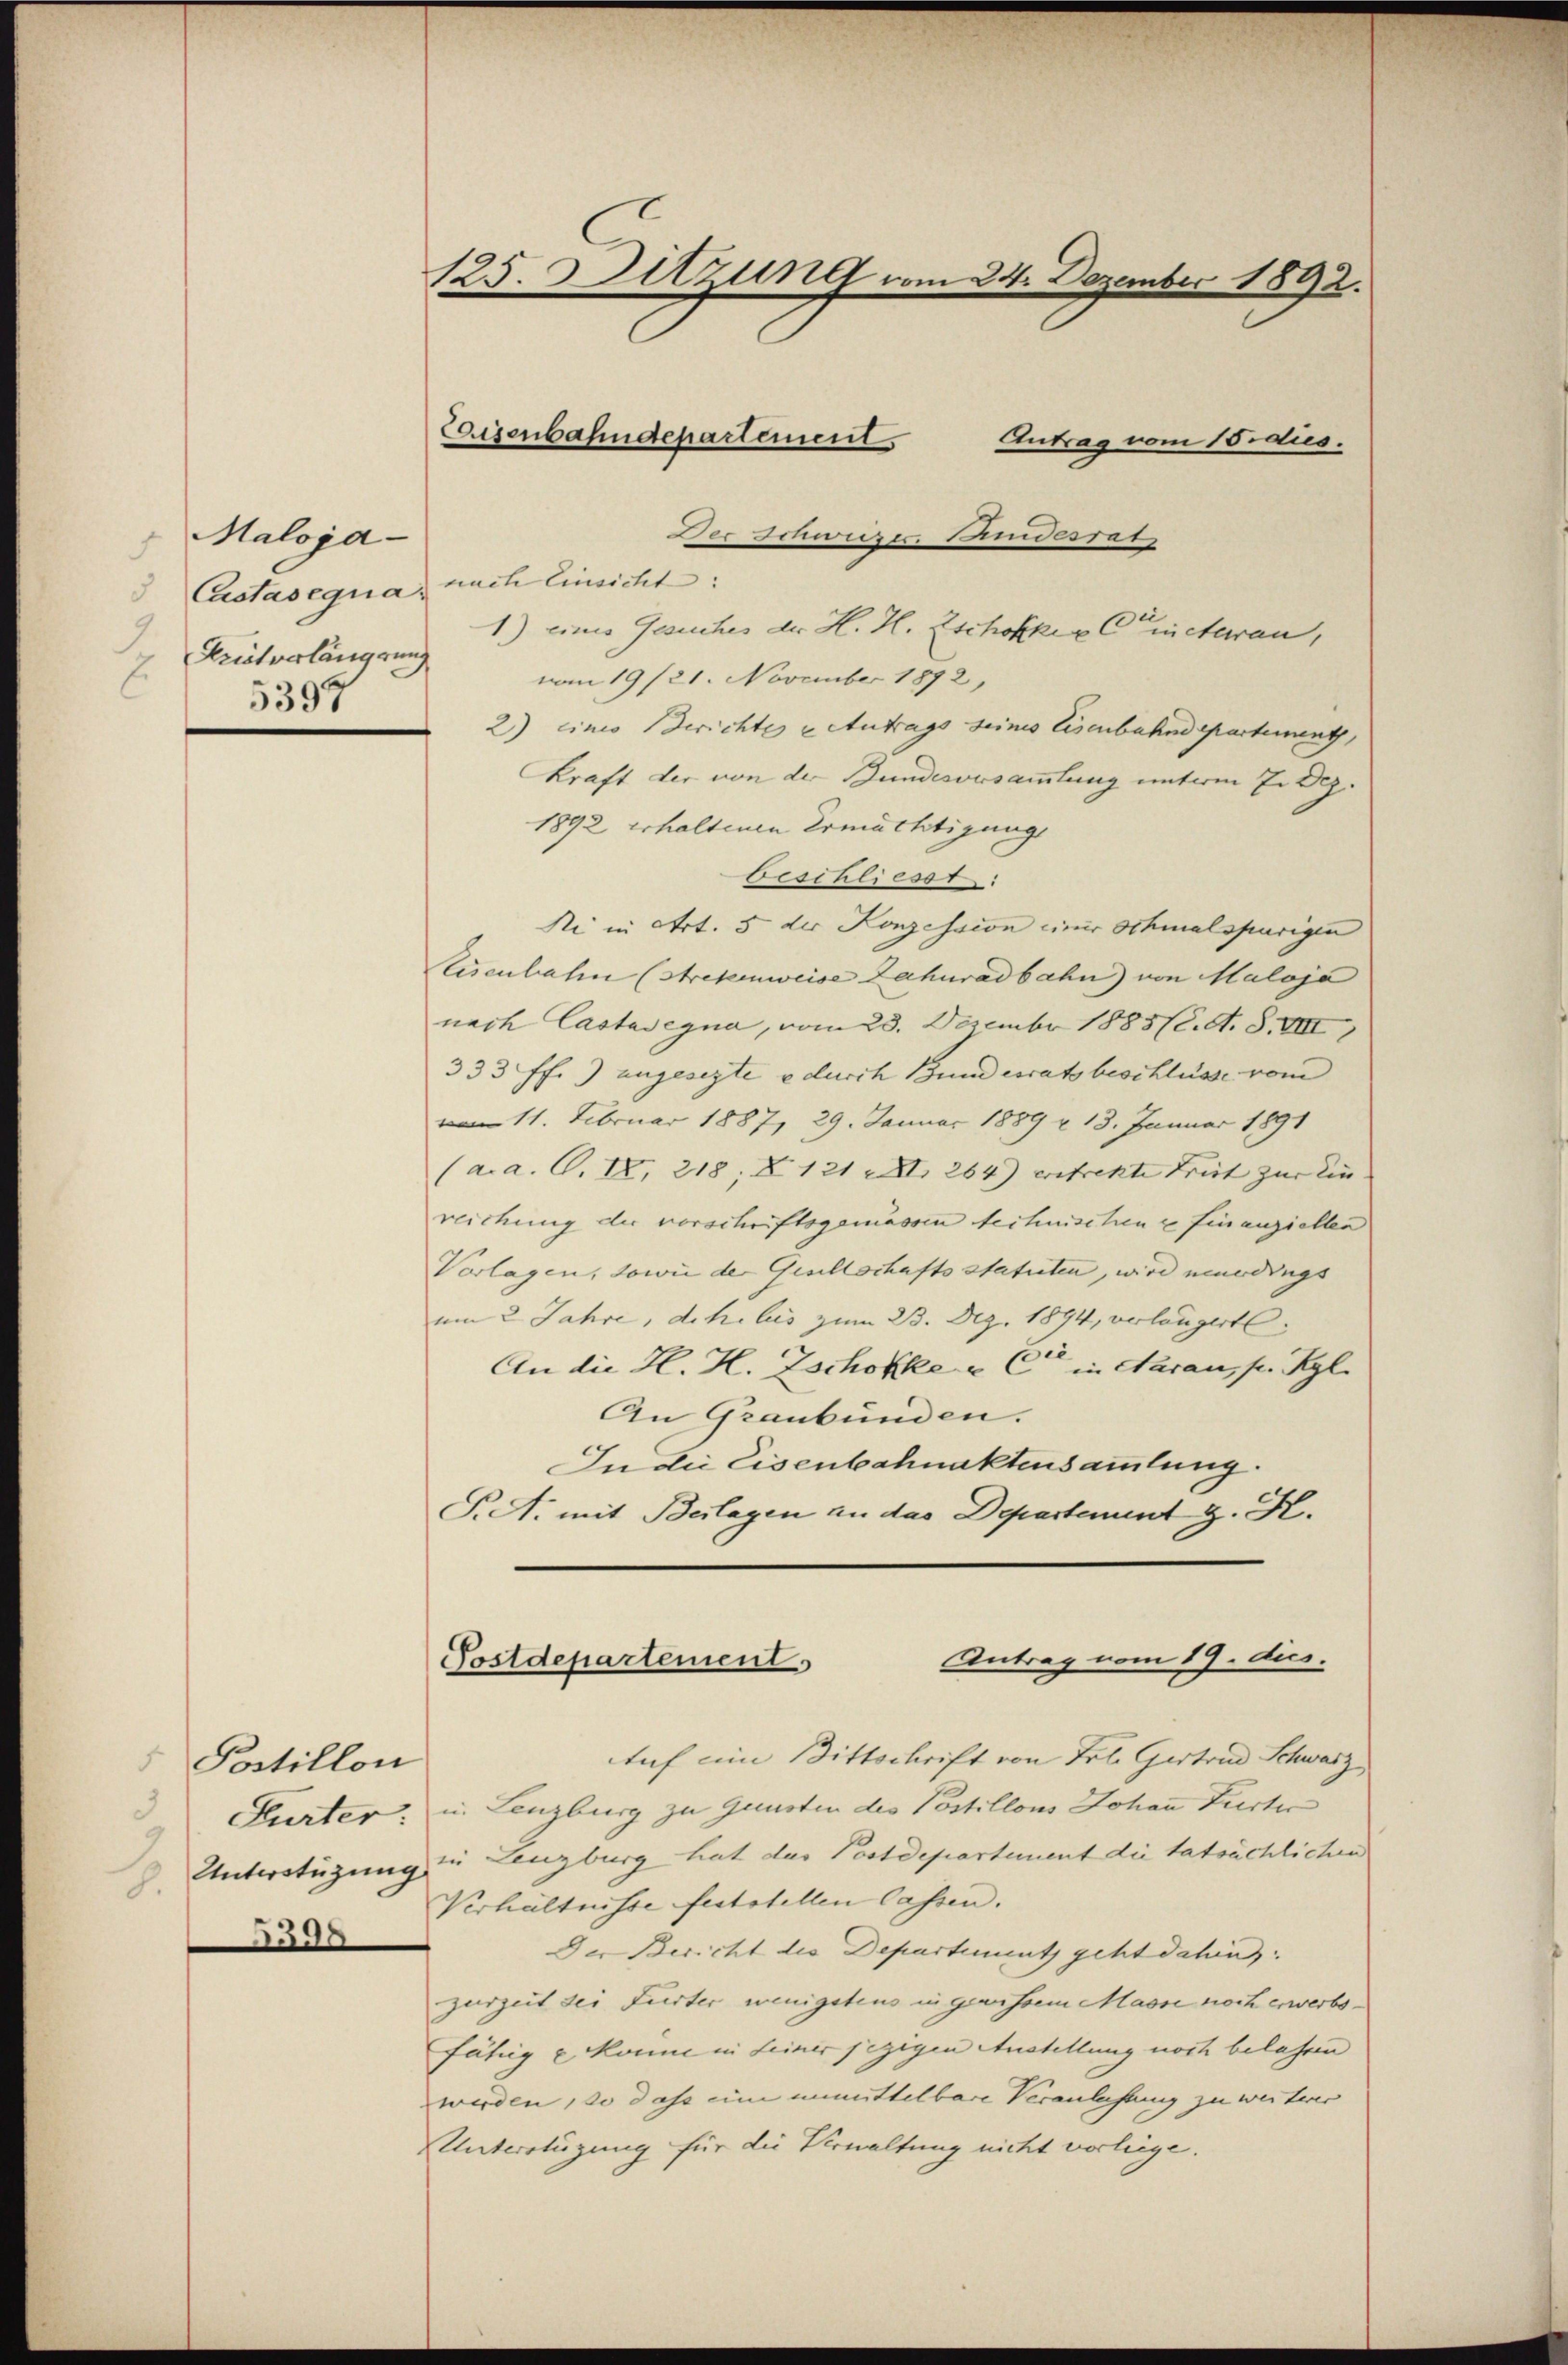
Maloja
Castasequa nach Einsicht:
5397

Postillon
Unterstüzung
8.
6300

125. Sitzung vom 24. Dezember 1892.

Antrag vom 15. dies.
Der Schweizer. Pandesrat
E. Fristverlängerung 1.) eines Gesuches der H. H. Zschoffer (Kucharan,
vom 19/21. November 1892,
2) eines Berichtes u Antrags seines Eisenbahndepartement,
Kraft der von der Bundesversammlung unterm 7. Dez.
1892 erhaltenen Ermächtigung
beschliesst:
Ni in Art. 5 der Konzession einer Schmalspurigen
Eisenbahn (Strekenweise Zahuradbahn von Maloja
nach Castasegna, vom 28. Dezember 1885 (2. A. S. VIII
333 ff.) angesezte e durch Bundesrats beschlüsse vom
 11. Februar 1887, 29. Januar 1889 & 13. Januar 1891
(a. a. O. IX, 218; Z. 121 XII 264) erstrekte Frist zur Ein- |
reichung der vorschriftsgemässen technischen u finanziellen
Vorlagen, sowie der Gesellschaftsstatuten, wird mündings
um 2 Jahre, dehe bis zum 23. Dez. 1894, verlangert.
An die H. H. Zschokke & Cie in Aarau, p. Kgl.
An Graubünden.
In die Eisenbahnaktensammlung.
P.A. mit Beilagen an das Departement z. K.

Auf ein Bittschrift von Frl. Gestand Schwarz
Purter: in Lenzburg zu gunsten des Postillons Johann Pertir
in Lenzburg hat das Postdepartement die tatsächlichen
Verhältnisse feststellen lassen.
Der Bericht des Departement geht dahin:
zurzeit sei Furter wenigstens in gewissem Masse noch erwerbsfähig u. könne in seiner jezigen Austellung noch belehren
werden, so dass ein unmittelbare Veranlassung zu weiterer
Unterfügung für die Verwaltung nicht vorliege.

Eisenbahndepartement

Antrag vom 19. dus.
Postdepartements